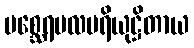
မစ္ဆေရမလပရိယုဋ္ဌိတာယ